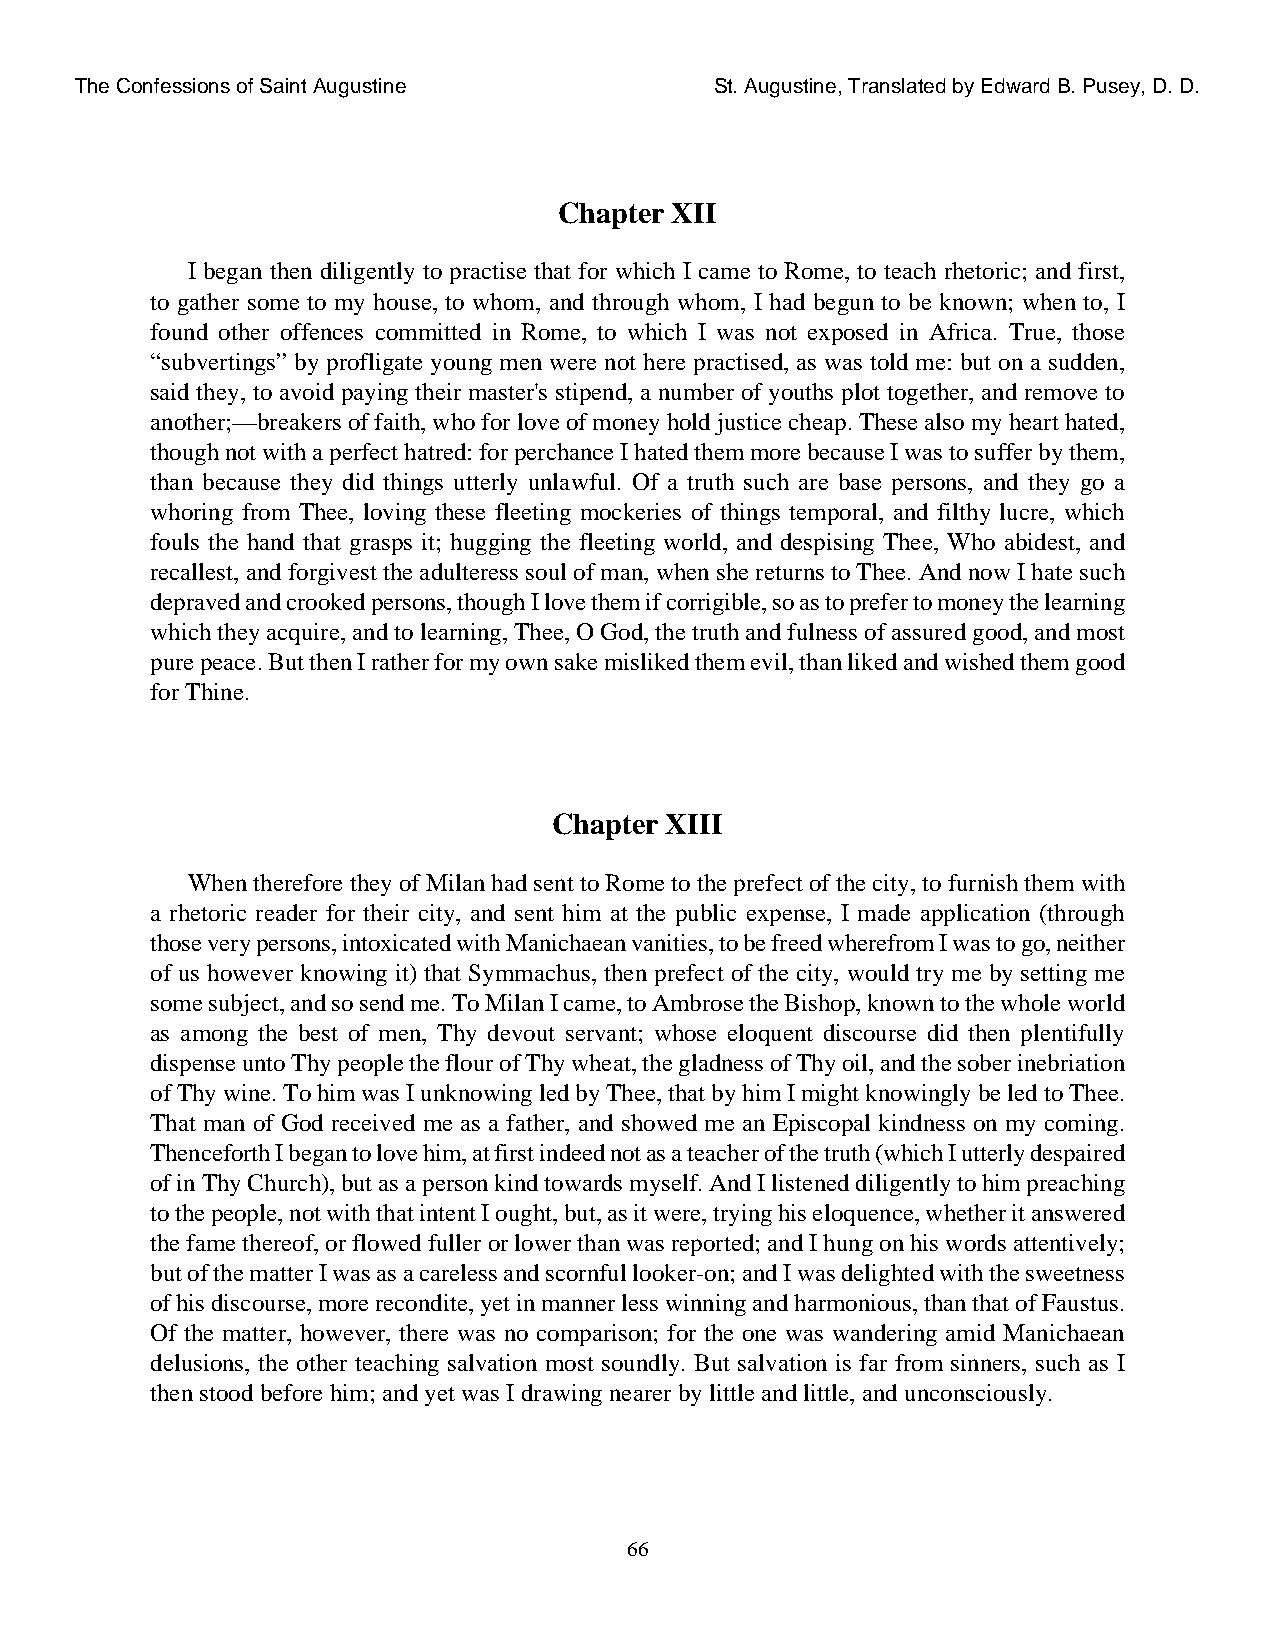
The Confessions of Saint Augustine        St. Augustine, Translated by Edward B. Pusey, D. D.
 Chapter XII
 I began then diligently to practise that for which I came to Rome, to teach rhetoric; and first,
 to gather some to my house, to whom, and through whom, I had begun to be known; when to, I
 found other offences committed in Rome, to which I was not exposed in Africa. True, those
 “subvertings” by profligate young men were not here practised, as was told me: but on a sudden,
 said they, to avoid paying their master's stipend, a number of youths plot together, and remove to
 another;—breakers of faith, who for love of money hold justice cheap. These also my heart hated,
 though not with a perfect hatred: for perchance I hated them more because I was to suffer by them,
 than because they did things utterly unlawful. Of a truth such are base persons, and they go a
 whoring from Thee, loving these fleeting mockeries of things temporal, and filthy lucre, which
 fouls the hand that grasps it; hugging the fleeting world, and despising Thee, Who abidest, and
 recallest, and forgivest the adulteress soul of man, when she returns to Thee. And now I hate such
 depraved and crooked persons, though I love them if corrigible, so as to prefer to money the learning
 which they acquire, and to learning, Thee, O God, the truth and fulness of assured good, and most
 pure peace. But then I rather for my own sake misliked them evil, than liked and wished them good
 for Thine.
 Chapter XIII
 When therefore they of Milan had sent to Rome to the prefect of the city, to furnish them with
 a rhetoric reader for their city, and sent him at the public expense, I made application (through
 those very persons, intoxicated with Manichaean vanities, to be freed wherefrom I was to go, neither
 of us however knowing it) that Symmachus, then prefect of the city, would try me by setting me
 some subject, and so send me. To Milan I came, to Ambrose the Bishop, known to the whole world
 as among the best of men, Thy devout servant; whose eloquent discourse did then plentifully
 dispense unto Thy people the flour of Thy wheat, the gladness of Thy oil, and the sober inebriation
 of Thy wine. To him was I unknowing led by Thee, that by him I might knowingly be led to Thee.
 That man of God received me as a father, and showed me an Episcopal kindness on my coming.
 Thenceforth I began to love him, at first indeed not as a teacher of the truth (which I utterly despaired
 of in Thy Church), but as a person kind towards myself. And I listened diligently to him preaching
 to the people, not with that intent I ought, but, as it were, trying his eloquence, whether it answered
 the fame thereof, or flowed fuller or lower than was reported; and I hung on his words attentively;
 but of the matter I was as a careless and scornful looker-on; and I was delighted with the sweetness
 of his discourse, more recondite, yet in manner less winning and harmonious, than that of Faustus.
 Of the matter, however, there was no comparison; for the one was wandering amid Manichaean
 delusions, the other teaching salvation most soundly. But salvation is far from sinners, such as I
 then stood before him; and yet was I drawing nearer by little and little, and unconsciously.
 66